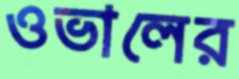
ওভালের